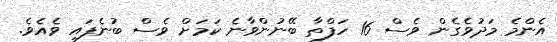
އެންމެ މަދުވެގެން ވެސް 16 ހަފްތާ ބޭނުންވާނެ ކަމަށް ވެސް ބުނެފައި ވެއެވެ.